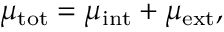
\mu _ { \mathrm { t o t } } = \mu _ { \mathrm { i n t } } + \mu _ { \mathrm { e x t } } ,